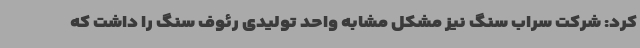
کرد: شرکت سراب سنگ نیز مشکل مشابه واحد تولیدی رئوف سنگ را داشت که